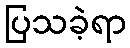
ပြသခဲ့ရာ